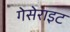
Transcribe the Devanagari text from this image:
गेसेराइट